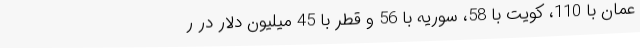
عمان با 110، کویت با 58، سوریه با 56 و قطر با 45 میلیون دلار در ر